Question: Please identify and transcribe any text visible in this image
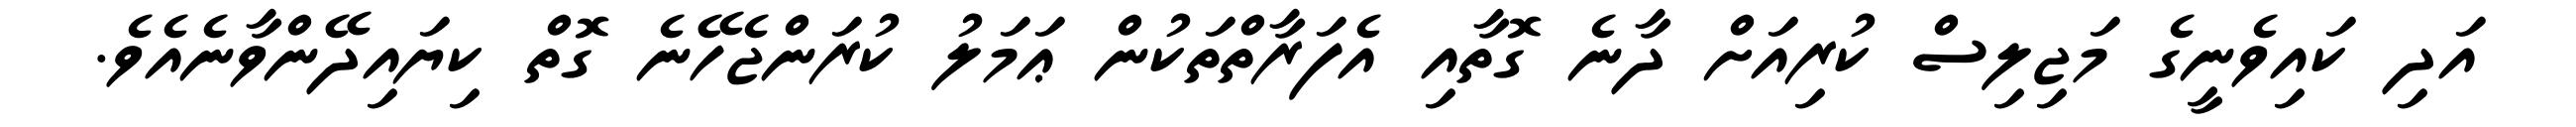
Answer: އަދި ކައިވެނީގެ މަޖިލިސް ކުރިއަށް ދާނެ ގޮތާއި އެފަރާތްތަކުން ޢަމަލު ކުރަންޖެހޭނެ ގޮތް ކިޔައިދޭންވާނެއެވެ.